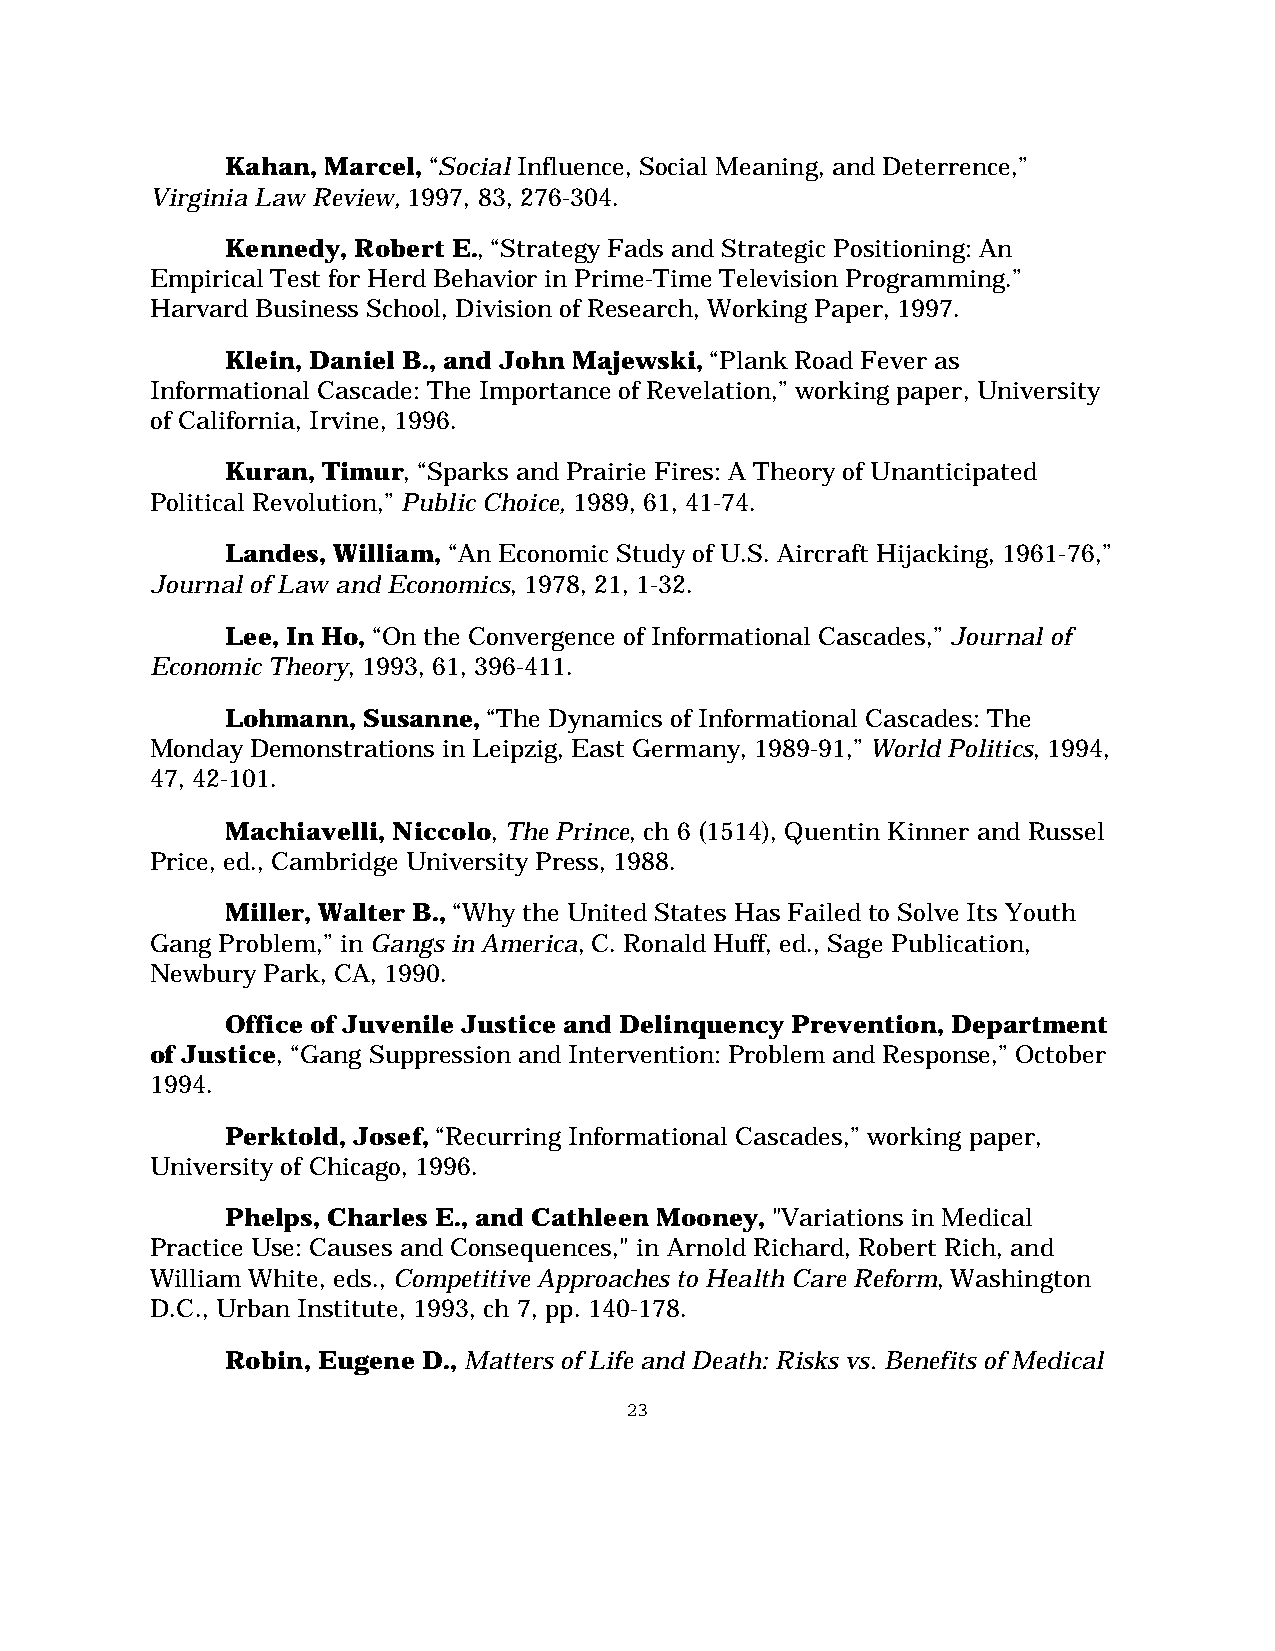
Kahan, Marcel, “Social Influence, Social Meaning, and Deterrence,”
 Virginia Law Review, 1997, 83, 276-304.
 Kennedy, Robert E., “Strategy Fads and Strategic Positioning: An
 Empirical Test for Herd Behavior in Prime-Time Television Programming.”
 Harvard Business School, Division of Research, Working Paper, 1997.
 Klein, Daniel B., and John Majewski, “Plank Road Fever as
 Informational Cascade: The Importance of Revelation,” working paper, University
 of California, Irvine, 1996.
 Kuran, Timur, “Sparks and Prairie Fires: A Theory of Unanticipated
 Political Revolution,” Public Choice, 1989, 61, 41-74.
 Landes, William, “An Economic Study of U.S. Aircraft Hijacking, 1961-76,”
 Journal of Law and Economics, 1978, 21, 1-32.
 Lee, In Ho, “On the Convergence of Informational Cascades,” Journal of
 Economic Theory, 1993, 61, 396-411.
 Lohmann, Susanne, “The Dynamics of Informational Cascades: The
 Monday Demonstrations in Leipzig, East Germany, 1989-91,” World Politics, 1994,
 47, 42-101.
 Machiavelli, Niccolo, The Prince, ch 6 (1514), Quentin Kinner and Russel
 Price, ed., Cambridge University Press, 1988.
 Miller, Walter B., “Why the United States Has Failed to Solve Its Youth
 Gang Problem,” in Gangs in America, C. Ronald Huff, ed., Sage Publication,
 Newbury Park, CA, 1990.
 Office of Juvenile Justice and Delinquency Prevention, Department
 of Justice, “Gang Suppression and Intervention: Problem and Response,” October
 1994.
 Perktold, Josef, “Recurring Informational Cascades,” working paper,
 University of Chicago, 1996.
 Phelps, Charles E., and Cathleen Mooney, "Variations in Medical
 Practice Use: Causes and Consequences," in Arnold Richard, Robert Rich, and
 William White, eds., Competitive Approaches to Health Care Reform, Washington
 D.C., Urban Institute, 1993, ch 7, pp. 140-178.
 Robin, Eugene D., Matters of Life and Death: Risks vs. Benefits of Medical
 23